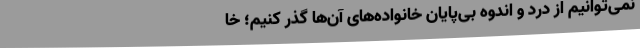
نمی‌توانیم از درد و اندوه بی‌پایان خانواده‌های آن‌ها گذر کنیم؛ خا